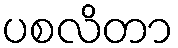
ပစလိတာ